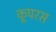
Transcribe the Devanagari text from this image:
कूपरस